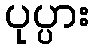
ပုပ္ပား